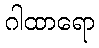
ဂါထာရော